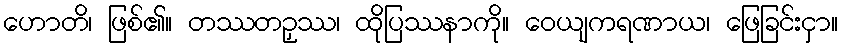
ဟောတိ၊ ဖြစ်၏။ တဿတဉှဿ၊ ထိုပြဿနာကို။ ဝေယျကရဏာယ၊ ဖြေခြင်းငှာ။